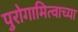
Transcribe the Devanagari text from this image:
पुरोगामित्वाच्या